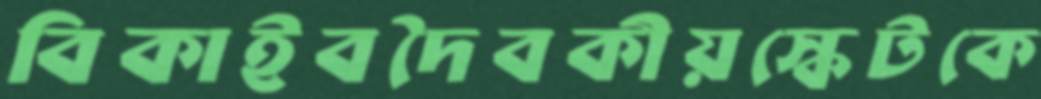
বিকাইবদৈবকীয়স্কেটকে